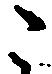
こ